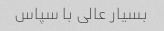
بسیار عالی با سپاس